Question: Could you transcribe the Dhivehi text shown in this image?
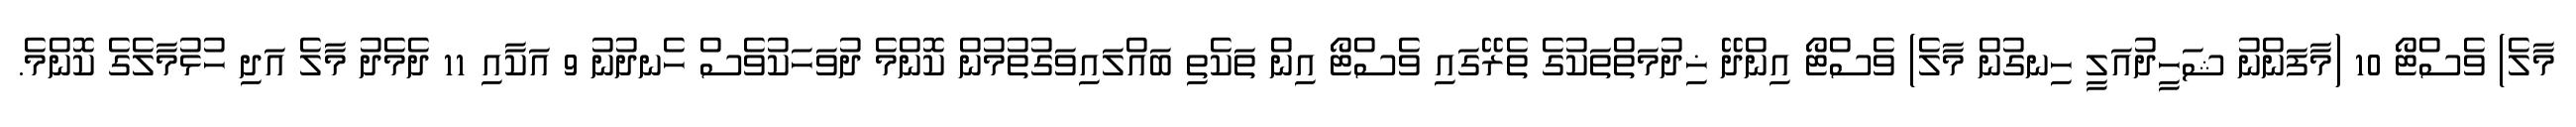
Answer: މާލެ) ވެސްޓޯ 10 (މާފަންނު ޝަހީދުއަލީ ހިނގުން މާލެ) ވެސްޓޯ އިންދޭ ޚިދުމަތްތަކުގެ ތެރޭގައި ވެސްޓޯ އިން ތަކެތި ބައްލައިވަގުތުމުން ކޮންމެ ދުވަހަކުވެސް ހެނދުނު 9 އަކާއި 11 ދެމެދު މާލެ އަދި ހުޅުމާލެގެ ކޮންމެ.